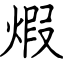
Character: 煆